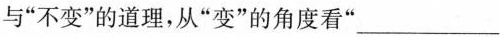
与“不变”的道理，从“变”的角度看“___